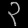
Digit: ၃